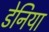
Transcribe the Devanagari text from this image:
डेनिया